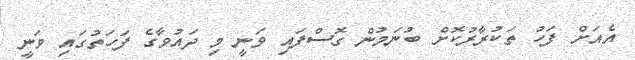
އެއަށް ފަހު ތަކުރާރުކޮށް ބުނަމުން ގޮސްފައި ވަނީ މި ދައުވާގެ ފަހަތުގައި ވަނީ